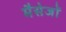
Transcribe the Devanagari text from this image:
मैसेजों